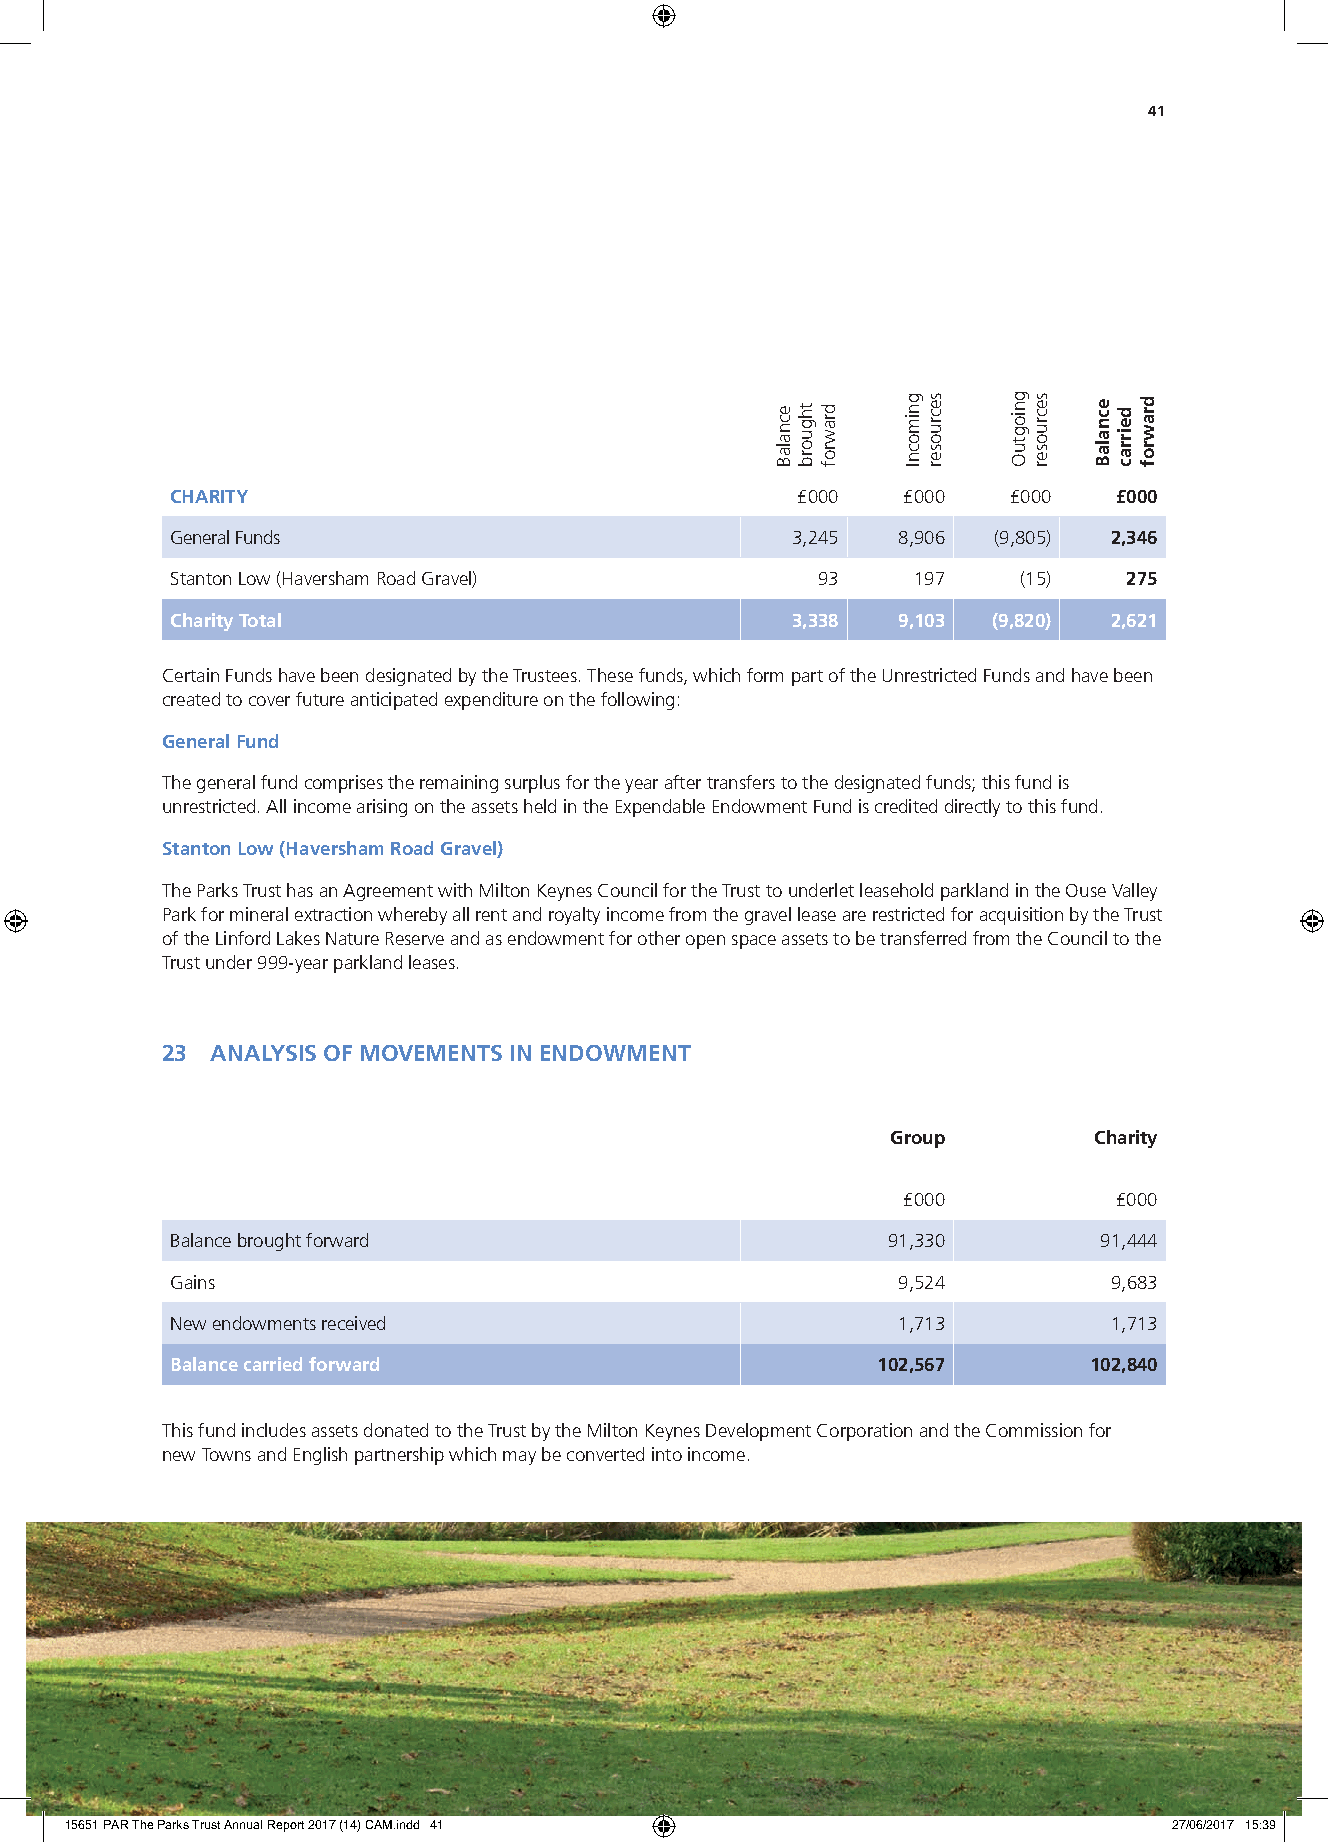
41
 CHARITY                                   £000   £000   £000   £000
 General Funds                            3,245  8,906  (9,805) 2,346
 Stanton Low (Haversham Road Gravel)        93    197     (15)   275
 Charity Total                            3,338  9,103  (9,820) 2,621
 Certain Funds have been designated by the Trustees. These funds, which form part of the Unrestricted Funds and have been
 created to cover future anticipated expenditure on the following:
 General Fund
 The general fund comprises the remaining surplus for the year after transfers to the designated funds; this fund is
 unrestricted. All income arising on the assets held in the Expendable Endowment Fund is credited directly to this fund.
 Stanton Low (Haversham Road Gravel)
 The Parks Trust has an Agreement with Milton Keynes Council for the Trust to underlet leasehold parkland in the Ouse Valley
 Park for mineral extraction whereby all rent and royalty income from the gravel lease are restricted for acquisition by the Trust
 of the Linford Lakes Nature Reserve and as endowment for other open space assets to be transferred from the Council to the
 Trust under 999-year parkland leases.
 23 ANALYSIS OF MOVEMENTS IN ENDOWMENT
 Group        Charity
 £000          £000
 Balance brought forward                         91,330        91,444
 Gains                                           9,524          9,683
 New endowments received                         1,713          1,713
 Balance carried forward                        102,567       102,840
 This fund includes assets donated to the Trust by the Milton Keynes Development Corporation and the Commission for
 new Towns and English partnership which may be converted into income.
 15651 PAR The Parks Trust Annual Report 2017 (14) CAM.indd 41             27/06/2017 15:39
 ecnalaB thguorb drawrof gnimocnI secruoser gniogtuO secruoser ecnalaB deirrac drawrof